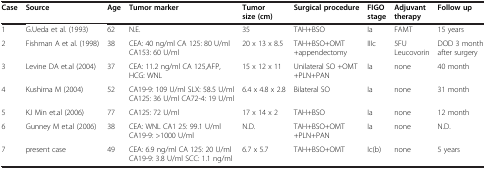
| Case | Source | Age | Tumor marker | Tumor size (cm) | Surgical procedure | FIGO stage | Adjuvant therapy | Follow up |
 | --- | --- | --- | --- | --- | --- | --- | --- | --- |
 | 1 | G.Ueda et al. (1993) | 62 | N.E. | 35 | TAH+BSO | Ia | FAMT | 15 years |
 | 2 | Fishman A et al. (1998) | 38 | CEA: 40 ng/ml CA 125: 80 U/ml CA153: 60 U/ml | 20 x 13 x 8.5 | TAH+BSO+OMT +appendectomy | IIIc | 5FU Leucovorin | DOD 3 month after surgery |
 | 3 | Levine DA et.al (2004) | 37 | CEA: 11.2 ng/ml CA 125,AFP, HCG: WNL | 15 x 12 x 11 | Unilateral SO +OMT +PLN+PAN | Ia | none | 40 month |
 | 4 | Kushima M (2004) | 52 | CA19-9: 109 U/ml SLX: 58.5 U/ml CA125: 36 U/ml CA72-4: 19 U/ml | 6.4 x 4.8 x 2.8 | Bilateral SO | Ia | none | 31 month |
 | 5 | KJ Min et.al (2006) | 77 | CA125: 72 U/ml | 17 x 14 x 2 | TAH+BSO | Ia | none | 12 month |
 | 6 | Gunney M et.al (2006) | 38 | CEA: WNL CA1 25: 99.1 U/ml CA19-9: >1000 U/ml | N.D. | TAH+BSO+OMT +PLN+PAN | Ia | none | N.D. |
 | 7 | present case | 49 | CEA: 6.9 ng/ml CA 125: 20 U/ml CA19-9: 3.8 U/ml SCC: 1.1 ng/ml | 6.7 x 5.7 | TAH+BSO+OMT | Ic(b) | none | 5 years |